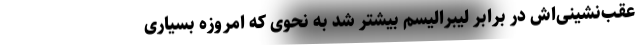
عقب‌نشینی‌اش در برابر لیبرالیسم بیشتر شد به نحوی که امروزه بسیاری